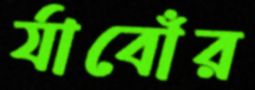
র‍্যাবোঁর